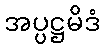
အပ္ပဋ္ဌမိဒံ